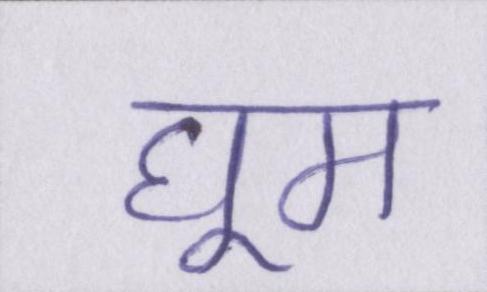
घूम